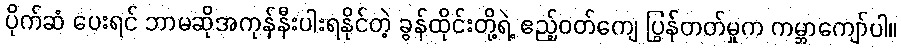
ပိုက်ဆံ ပေးရင် ဘာမဆိုအကုန်နီးပါးရနိုင်တဲ့ ခွန်ထိုင်းတို့ရဲ့ ဧည့်ဝတ်ကျေ ပြွန်တတ်မှုက ကမ္ဘာကျော်ပါ။